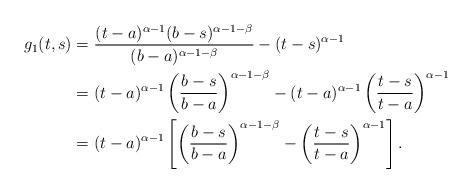
LaTeX: \begin{align*}g_1(t,s)&=\frac{(t-a)^{\alpha -1}(b-s)^{\alpha-1-\beta}}{(b-a)^{\alpha-1-\beta}}-(t-s)^{\alpha-1}\\&=(t-a)^{\alpha-1}\left(\frac{b-s}{b-a}\right)^{\alpha-1-\beta}-(t-a)^{\alpha-1}\left(\frac{t-s}{t-a}\right)^{\alpha-1}\\&=(t-a)^{\alpha-1}\left[\left(\frac{b-s}{b-a}\right)^{\alpha-1-\beta}-\left(\frac{t-s}{t-a}\right)^{\alpha-1}\right].\end{align*}